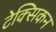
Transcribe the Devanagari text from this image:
टेक्सिकन